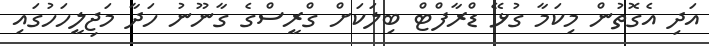
އަދި އެގޮތުން މިކަމާ ގުޅޭ ޑްރާފްޓް ބިލަކަށް ގްރީސްގެ ގާނޫނު ހަދާ މަޖިލީހަހުގައި